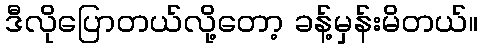
ဒီလိုပြောတယ်လို့တော့ ခန့်မှန်းမိတယ်။